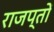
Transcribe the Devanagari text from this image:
राजप्तों